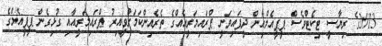
2013ގެ ރިޔާސީ ޓިކެޓްވެސް ޕީޕީއެމްއިން ދީފައިވަނީ ޕްރައިމަރީއެއްގެ ތެރެއިންކަމަށްވީއިރު ޕްރައިމަރީއާއި ގުޅިގެން ޕީޕީއެމްގެ